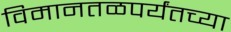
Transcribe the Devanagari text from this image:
विमानतळपर्यंतच्या